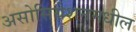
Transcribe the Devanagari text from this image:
असोसियेशनमधील